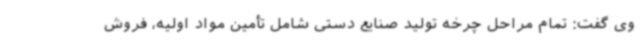
وی گفت: تمام مراحل چرخه تولید صنایع دستی شامل تأمین مواد اولیه، فروش